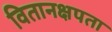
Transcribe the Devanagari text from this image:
वितानक्षपता